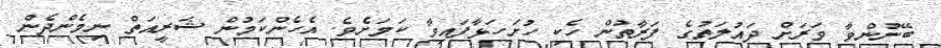
ބޭނުންވާ ވަރަށް ދައުލަތުގެ ފަރާތުން ހެކި ހުށަހަޅާފައިވާ ކަމަށެވެ. އެހެންކަމުން ޝަރީއަތް ނިމެންދެން